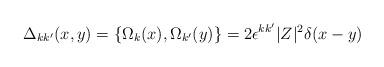
LaTeX: \begin{align*}\Delta_{kk^{\prime}}(x,y)=\{\Omega_{k}(x),\Omega_{k^{\prime}}(y)\}=2\epsilon^{kk^{\prime}}|Z|^{2}\delta(x-y) \end{align*}